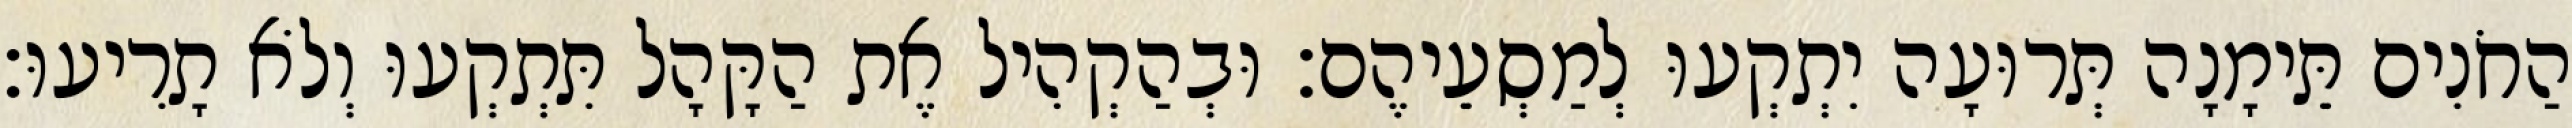
הַחֹנִים תֵּימָנָה תְּרוּעָה יִתְקְעוּ לְמַסְעֵיהֶם׃ וּבְהַקְהִיל אֶת הַקָּהָל תִּתְקְעוּ וְלֹא תָרִיעוּ׃